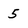
Character: 5